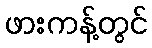
ဖားကန့်တွင်